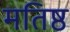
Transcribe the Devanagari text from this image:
मतिष्ठ